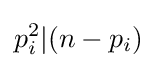
p_{i}^{2}|(n-p_{i})